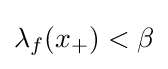
\lambda _{f}(x_{+})<\beta